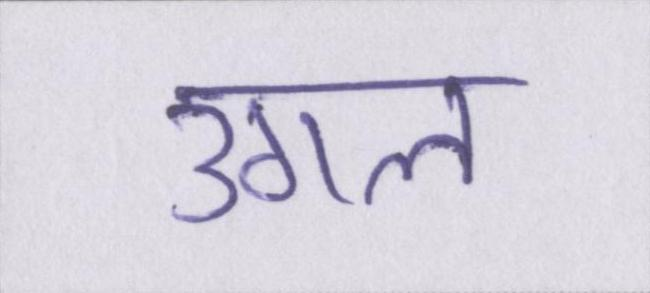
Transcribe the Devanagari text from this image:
उगल